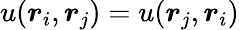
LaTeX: u(\boldsymbol{r}_{i},\boldsymbol{r}_{j})=u(\boldsymbol{r}_{j},\boldsymbol{r}_{i})